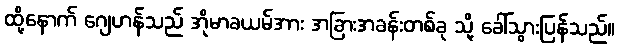
ထို့နောက် ဂျေဟန်သည် အိုမာခယမ်အား အခြားအခန်းတစ်ခု သို့ ခေါ်သွားပြန်သည်။